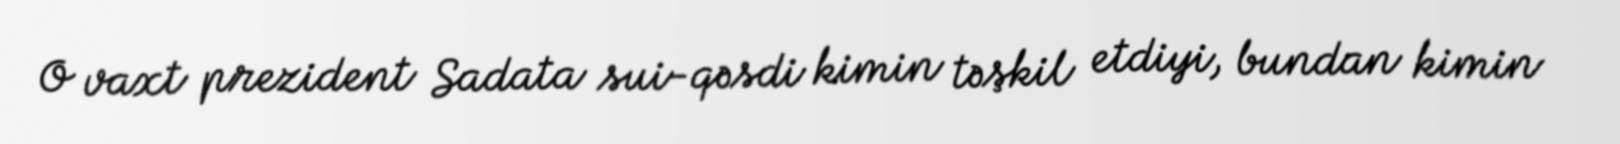
O vaxt prezident Sadata sui-qəsdi kimin təşkil etdiyi, bundan kimin